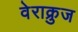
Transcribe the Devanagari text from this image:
वेराक्रुज